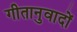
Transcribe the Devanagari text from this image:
गीतानुवादों